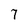
Character: 7